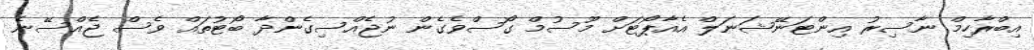
އިބްރާހިމް ނާސިރު އިންޓަނޭޝަނަލް އެއާޕޯޓަށް މޫސުމް ގޯސްވެގެން ނުޖެއްސިގެންދާ ބޯޓުތައް ވެސް ޖެއްސޭނެ